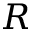
R